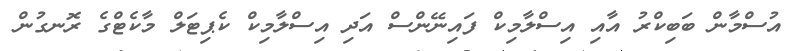
އުސްމާން ބަބިކްރު އާއި އިސްލާމިކް ފައިނޭންސް އަދި އިސްލާމިކް ކެޕިޓަލް މާކެޓްގެ ރޮނގުން